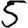
Digit: 5